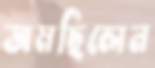
জমছিলেন